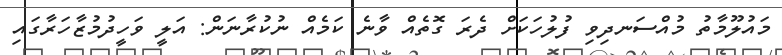
މައުލޫމާތު މުއްސަނދިވި ފުލުހަކަށް ދެރަ ގޮތެއް ވާނެ ކަމެއް ނުކުރާނަން: އަލީ ވަހީދުމުޒާހަރާގައި